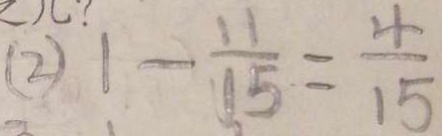
( 2 ) 1 - \frac { 1 1 } { 1 5 } = \frac { 4 } { 1 5 }